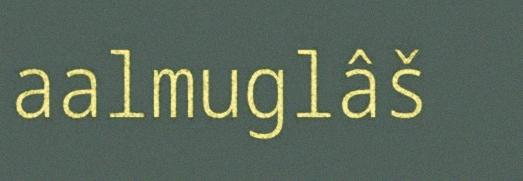
aalmuglâš